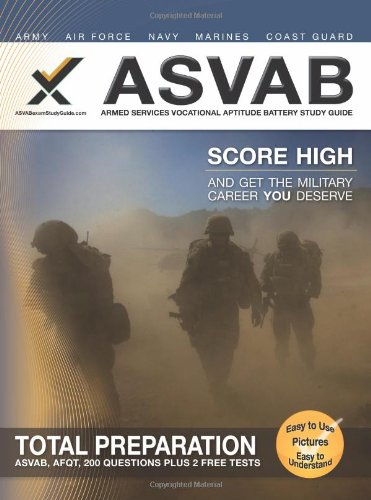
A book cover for ASVAB Armed Services Vocational Aptitude Battery Study Guide; Sharon A Wynne; Test Preparation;